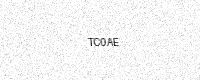
Text: TC0AE